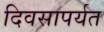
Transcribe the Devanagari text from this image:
दिवसापर्यत